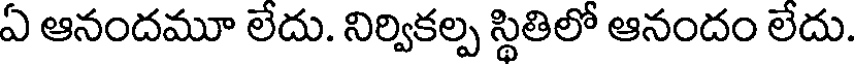
ఏ ఆనందమూ లేదు. నిర్వికల్ప స్థితిలో ఆనందం లేదు.